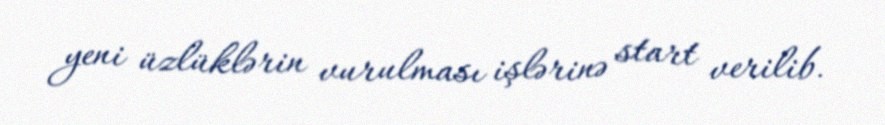
yeni üzlüklərin vurulması işlərinə start verilib.